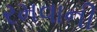
રમવાની